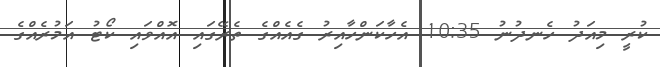
ކުރީ މިއަދު ހެނދުނު 10:35 އެހާކަންހާއިރު ގެއެއްގެ ތެރޭގައި އޮއްވައި ކޯޓު އަމުރެއްގެ